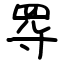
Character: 㝶